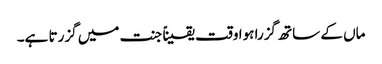
ماں کے ساتھ گزرا ہوا وقت یقیناً جنت میں گزرتا ہے۔